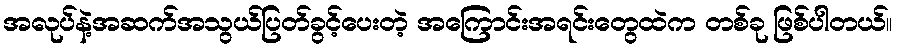
အလုပ်နဲ့အဆက်အသွယ်ပြတ်ခွင့်ပေးတဲ့ အကြောင်းအရင်းတွေထဲက တစ်ခု ဖြစ်ပါတယ်။